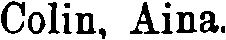
Colin, Aina.